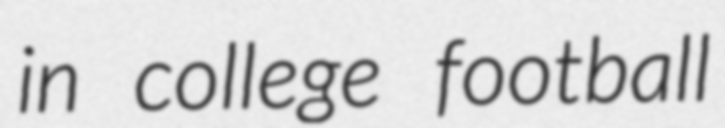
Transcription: in college football